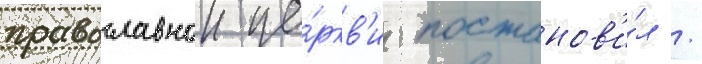
православнои це́ркв'и постанов'и́л /